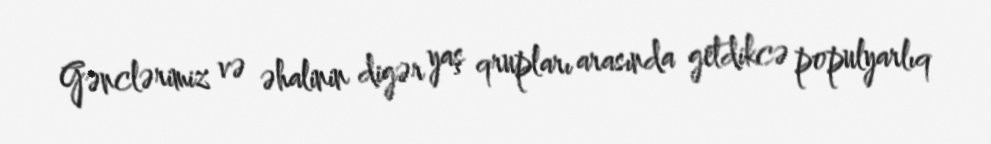
Gənclərimiz və əhalinin digər yaş qrupları arasında getdikcə populyarlıq